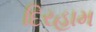
દિરહામ